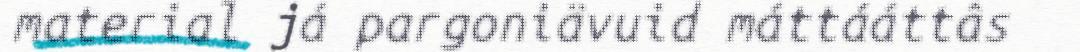
material já pargoniävuid máttááttâs